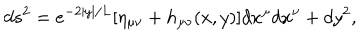
d s ^ { 2 } = e ^ { - 2 | y | / L } [ \eta _ { \mu \nu } + h _ { \mu \nu } ( x , y ) ] d x ^ { \mu } d x ^ { \nu } + d y ^ { 2 } ,